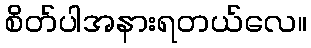
စိတ်ပါအနားရတယ်လေ။